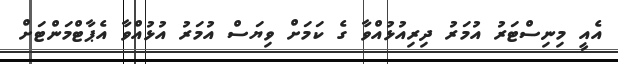
އެއީ މިނިސްޓަރު އުމަރު ދިރިއުޅުއްވާ ގެ ކަމަށް ވިޔަސް އުމަރު އުޅުއްވާ އެޕާޓްމަންޓަށް